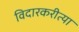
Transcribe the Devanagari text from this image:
विदारकरीत्या